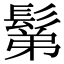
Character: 鬀